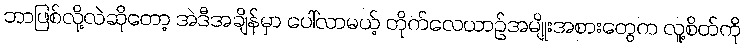
ဘာဖြစ်လို့လဲဆိုတော့ အဲဒီအချိန်မှာ ပေါ်လာမယ့် တိုက်လေယာဉ်အမျိုးအစားတွေက လူ့စိတ်ကို